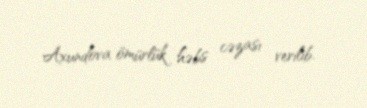
Axundova ömürlük həbs cəzası verilib.